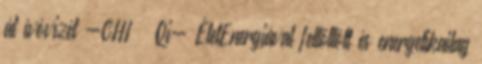
át ívóvizét -CHI Qi- ÉletEnergiával feltőltött és energetikailag